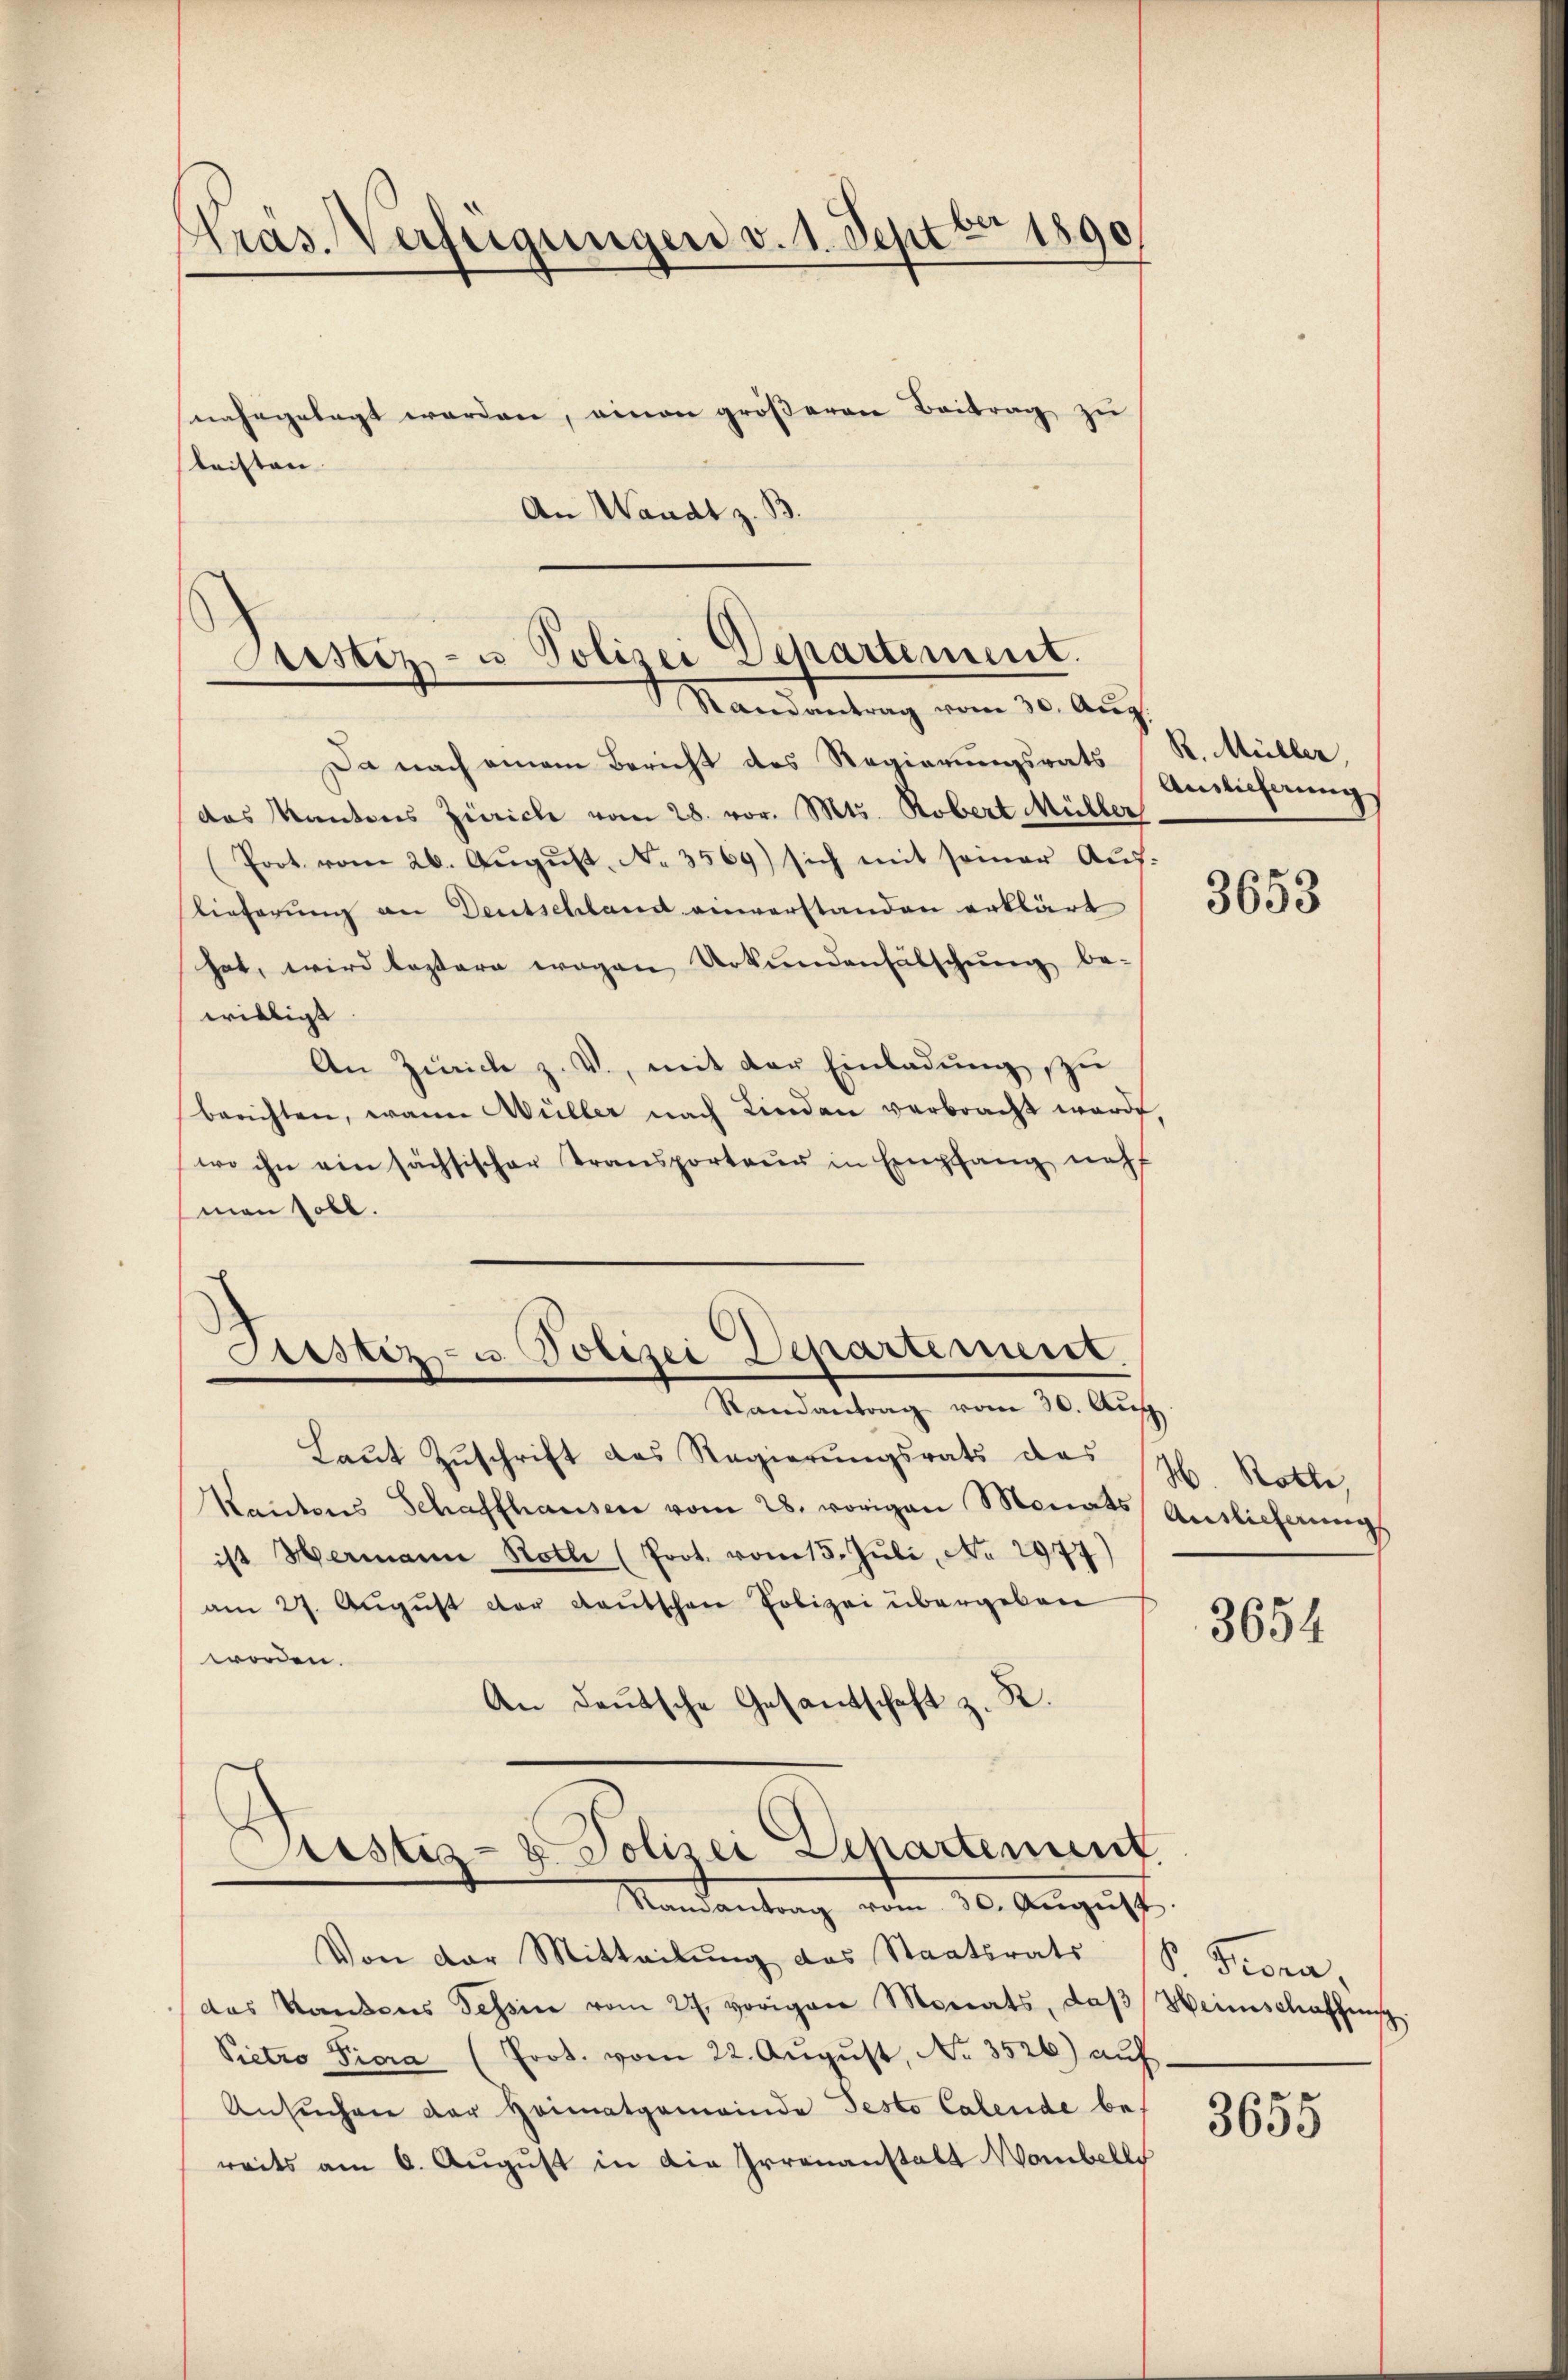
Präs. Verfügungen v. 1. Septbr 1890
nahegelegt werden, einen gröβeren Beitrag zŭ
leisten |
An Waadt z. B.

Justiz- u Polizei Departement.
Randantrag vom 30. Aŭg.

Da nach einem Bericht des Regierungsrats Antichnungs
das Kantons Zürich vom 28. vor. Mts. Robert Müller
(Prot. vom 26. Aŭgŭst No. 3569) sich mit seiner Auf-
lieferung an Deutschland einverstanden erklärt
hat, wird leztere wegen Urkundenfälschung be-
willigt
An Zürich z. V., mit der Einladung, zu
berichten, wann Wüller nach Linden verbracht werde,
wo ihn ein sächsischer Transporteur in Empfang neh
(man soll.
i
Justiz- u. Polizei Departement.
—
Randantrag vom 30. Aŭg.
Laŭt Zŭschrift des Regierŭngsrats des H. Rotte,
Kantons Schaffhausen vom 28. vorigen Monats Auslicherungs
ist Hermann Roth (Prot. vom 15. Juli, No 2977)
am 27. August der Kautschen Polizei übergeben
worden.
An Deutsche Gesantschaft z. R.

Justiz- & Polizei Departement
Mandantung vom 30. August,

R. Müller,

3653

Von der Mitteilung des Staatsrats
das Kantons Tessin vom 27. vorigen Monats, daβ Heinschaffŭng
Pietro Piora (Prot. vom 22. Aŭgŭst No. 3526) auf.
Ansuchen der Heimatgemeinde Pesto Calende bereits am 6. August in die Irrenanstalt Waibell

3654

Piora

3655